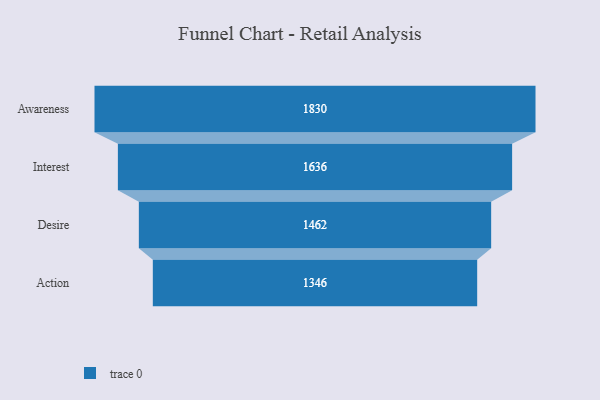
{"axis": {"x": "Stage", "y": "Value"}, "legend": [""], "data": [{"x": "Awareness", "y": 1830.0, "type": ""}, {"x": "Interest", "y": 1636.0, "type": ""}, {"x": "Desire", "y": 1462.0, "type": ""}, {"x": "Action", "y": 1346.0, "type": ""}]}